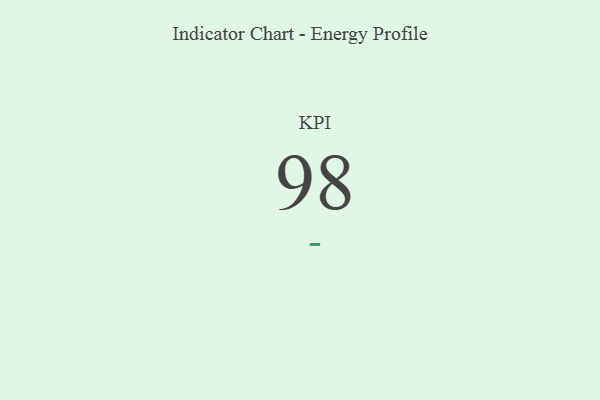
{"axis": {"x": "KPI", "y": "Value"}, "legend": [""], "data": [{"x": "KPI", "y": 98, "type": ""}]}